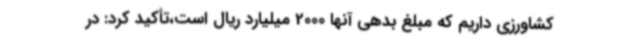
کشاورزی داریم که مبلغ بدهی آنها 2000 میلیارد ریال است،تأکید کرد: در